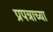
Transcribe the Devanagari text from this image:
प्रपत्राच्या